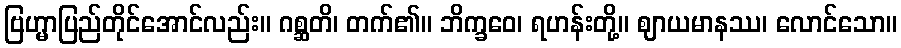
ဗြဟ္မာပြည်တိုင်အောင်လည်း။ ဂစ္ဆတိ၊ တက်၏။ ဘိက္ခဝေ၊ ရဟန်းတို့။ ဈာယမာနဿ၊ လောင်သော။